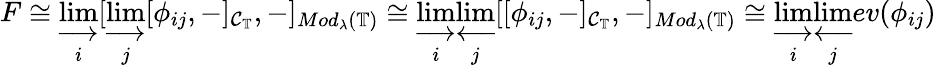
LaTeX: F\cong\varinjlim_{i}[\varinjlim_{j}[\phi_{ij},-]_{\mathcal{C}_{\mathbb{T}}},-]_{Mod_{\lambda}(\mathbb{T})}\cong\varinjlim_{i}\varprojlim_{j}[[\phi_{ij},-]_{\mathcal{C}_{\mathbb{T}}},-]_{Mod_{\lambda}(\mathbb{T})}\cong\varinjlim_{i}\varprojlim_{j}ev(\phi_{ij})